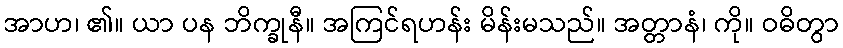
အာဟ၊ ၏။ ယာ ပန ဘိက္ခုနီ။ အကြင်ရဟန်း မိန်းမသည်။ အတ္တာနံ၊ ကို။ ဝဓိတွာ